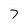
Character: 7